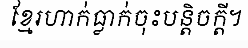
ខ្មែរហាក់ធ្លាក់ចុះបន្តិចក្តី។